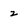
Character: z